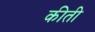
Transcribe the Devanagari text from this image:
कीती